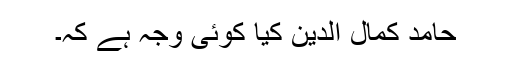
حامد کمال الدین کیا کوئی وجہ ہے کہ۔